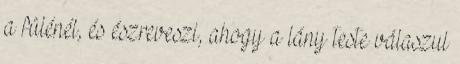
a fülénél, és észreveszi, ahogy a lány teste válaszul